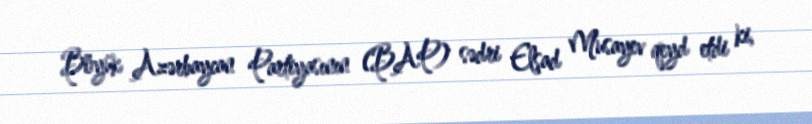
Böyük Azərbaycan Partiyasının (BAP) sədri Elşad Musayev qeyd etdi ki,